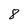
Character: 8